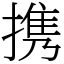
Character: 携